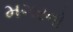
મગરનો